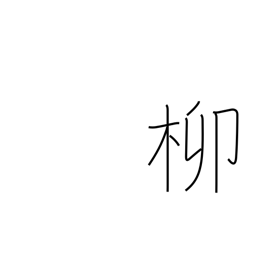
Meaning: willow